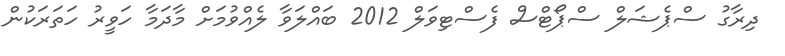
ދިރާގު ސްޕެޝަލް ސްޕޯޓްސް ފެސްޓިވަލް 2012 ބައްލަވާ ލެއްވުމަށް މާދަމާ ހަވީރު ހަތަރަކުން